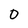
Character: 0